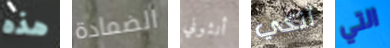
هذه الضمادة أنثوني أنكي التي